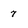
Character: 7